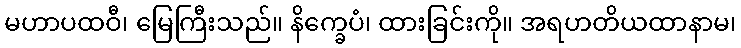
မဟာပထဝီ၊ မြေကြီးသည်။ နိက္ခေပံ၊ ထားခြင်းကို။ အရဟတိယထာနာမ၊